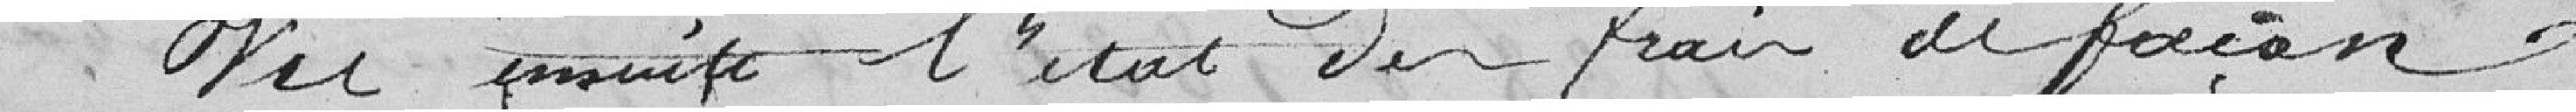
Vu ensuite l'état des frais de façon